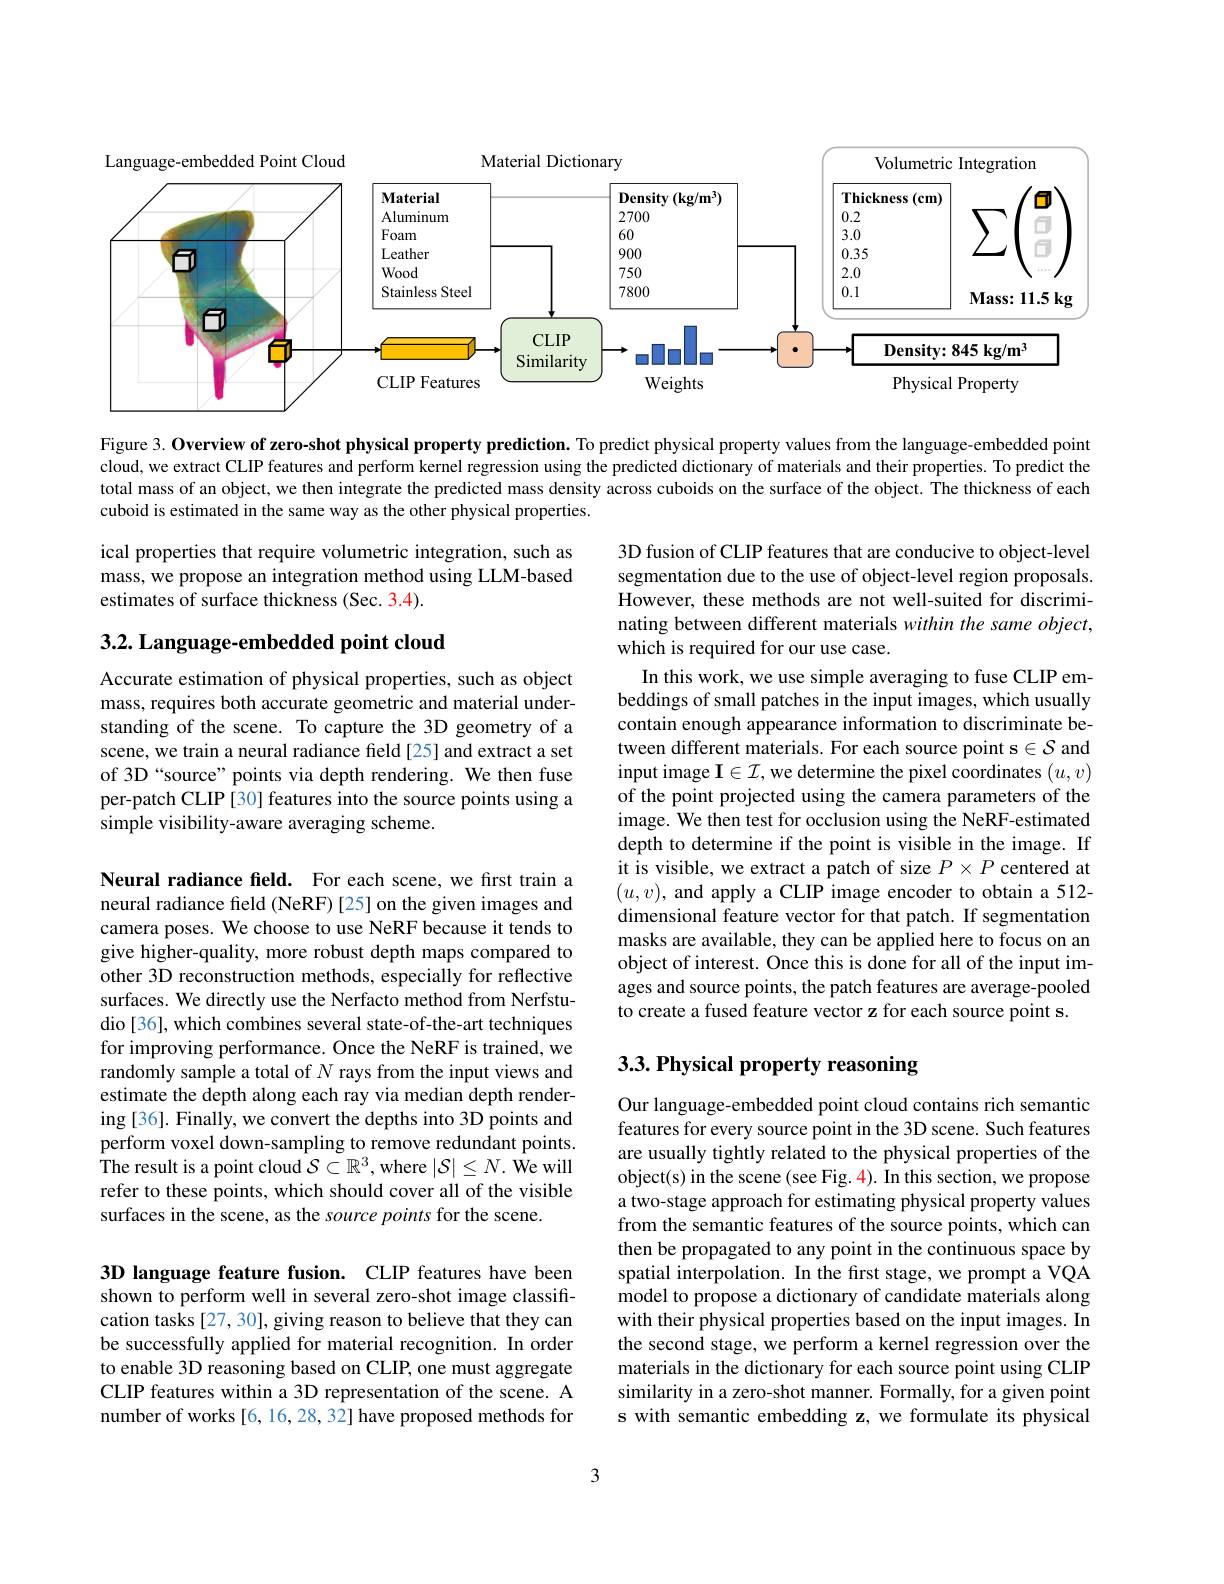
<FigureHere>

Figure 3. Overview of zero-shot physical property prediction. To predict physical property values from the language-embedded point cloud, we extract CLIP features and perform kernel regression using the predicted dictionary of materials and their properties. To predict the total mass of an object, we then integrate the predicted mass density across cuboids on the surface of the object. The thickness of each cuboid is estimated in the same way as the other physical properties.

ical properties that require volumetric integration, such as mass, we propose an integration method using LLM-based estimates of surface thickness (Sec. 3.4).

## $3. 2. \textbf{Language- embedded point cloud}$

Accurate estimation of physical properties, such as object mass, requires both accurate geometric and material understanding of the scene. To capture the 3D geometry of a scene, we train a neural radiance field [25] and extract a set of 3D“source”points via depth rendering. We then fuse per-patch CLIP [30] features into the source points using a simple visibility-aware averaging scheme.

3D fusion of CLIP features that are conducive to object-level segmentation due to the use of object-level region proposals. However, these methods are not well-suited for discriminating between different materials within the same object, which is required for our use case.
In this work, we use simple averaging to fuse CLIP embeddings of small patches in the input images, which usually contain enough appearance information to discriminate between different materials. For each source point s$\in\mathcal{S}$ and input image $\mathbf{I}\in\mathcal{I}$,we determine the pixel coordinates $(u,v)$ of the point projected using the camera parameters of the image. We then test for occlusion using the NeRF-estimated depth to determine if the point is visible in the image. If it is visible, we extract a patch of size $P\times P$ centered at $(u,v)$, and apply a CLIP image encoder to obtain a 512- dimensional feature vector for that patch. If segmentation masks are available, they can be applied here to focus on an object of interest. Once this is done for all of the input images and source points, the patch features are average-pooled to create a fused feature vector z for each source point s.

Neural radiance field. For each scene, we first train a neural radiance field (NeRF)[25] on the given images and camera poses. We choose to use NeRF because it tends to give higher-quality, more robust depth maps compared to other 3D reconstruction methods, especially for reflective surfaces. We directly use the Nerfacto method from Nerfstudio [36], which combines several state-of-the-art techniques for improving performance. Once the NeRF is trained, we randomly sample a total of $N$ rays from the input views and estimate the depth along each ray via median depth rendering [36]. Finally, we convert the depths into 3D points and perform voxel down-sampling to remove redundant points. $\hat{\text{The result is a point cloud}\mathcal{S}\subset\mathbb{R}^3}$,where$| \mathcal{S} | \leq N. \hat{\text{We will}}$ refer to these points, which should cover all of the visible surfaces in the scene, as the source points for the scene.

## $3. 3. \textbf{Physical property reasoning}$

Our language-embedded point cloud contains rich semantic features for every source point in the 3D scene. Such features are usually tightly related to the physical properties of the object(s) in the scene (see Fig. 4). In this section, we propose a two-stage approach for estimating physical property values from the semantic features of the source points, which can then be propagated to any point in the continuous space by spatial interpolation. In the first stage, we prompt a VQA $\hat{\text{model to propose a dictionary of candidate materials along}}$ with their physical properties based on the input images. In the second stage, we perform a kernel regression over the materials in the dictionary for each source point using CLIP similarity in a zero-shot manner. Formally, for a given point s with semantic embedding z, we formulate its physical

3D language feature fusion. CLIP features have been shown to perform well in several zero-shot image classification tasks [27, 30], giving reason to believe that they can be successfully applied for material recognition. In order to enable 3D reasoning based on CLIP, one must aggregate CLIP features within a 3D representation of the scene. A number of works [6, 16, 28, 32] have proposed methods for

3